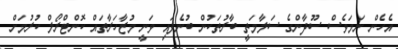
އެހެން ނަމަވެސް ސޫދާންގެ ސަލާމަތީ ބާރުތަކުން ބުނެފައި ވަނީ މުޒާހަރާތައް ކޮންޓްރޯލް ކުރުމަށް